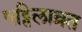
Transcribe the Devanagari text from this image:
षट्तिलाव्रत